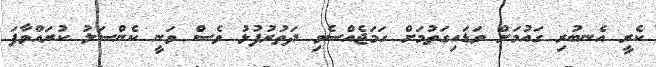
ކެރީ އެނބުރި ގައުމަށް ވަޑައިގަތުމަށް ހަމަޖެއްސެވި ދަތުރުފުޅު ވެސް ވަނީ ކެންސަލު ކުރައްވާފަ